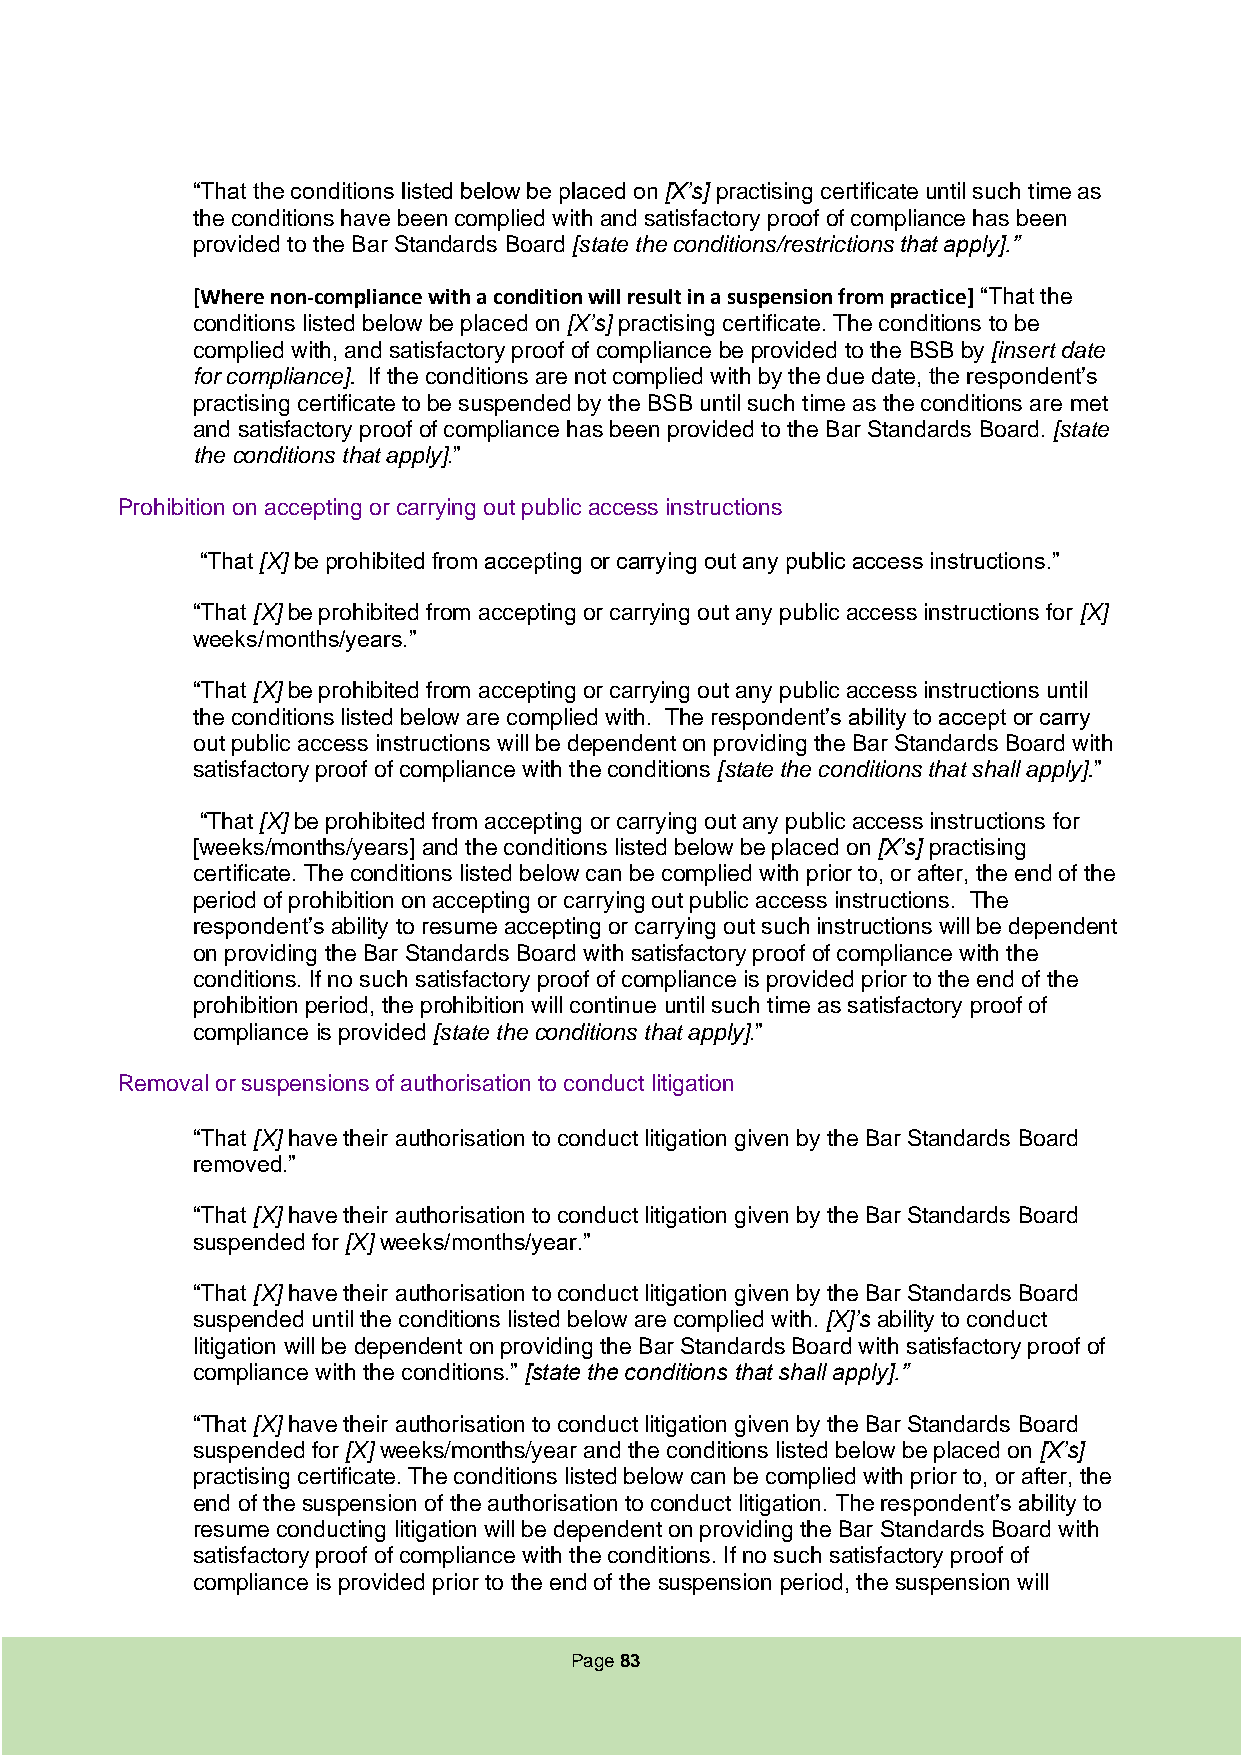
“That the conditions listed below be placed on [X’s] practising certificate until such time as
 the conditions have been complied with and satisfactory proof of compliance has been
 provided to the Bar Standards Board [state the conditions/restrictions that apply].”
 [Where non-compliance with a condition will result in a suspension from practice] “That the
 conditions listed below be placed on [X’s] practising certificate. The conditions to be
 complied with, and satisfactory proof of compliance be provided to the BSB by [insert date
 for compliance]. If the conditions are not complied with by the due date, the respondent’s
 practising certificate to be suspended by the BSB until such time as the conditions are met
 and satisfactory proof of compliance has been provided to the Bar Standards Board. [state
 the conditions that apply].”
 Prohibition on accepting or carrying out public access instructions
 “That [X] be prohibited from accepting or carrying out any public access instructions.”
 “That [X] be prohibited from accepting or carrying out any public access instructions for [X]
 weeks/months/years.”
 “That [X] be prohibited from accepting or carrying out any public access instructions until
 the conditions listed below are complied with. The respondent’s ability to accept or carry
 out public access instructions will be dependent on providing the Bar Standards Board with
 satisfactory proof of compliance with the conditions [state the conditions that shall apply].”
 “That [X] be prohibited from accepting or carrying out any public access instructions for
 [weeks/months/years] and the conditions listed below be placed on [X’s] practising
 certificate. The conditions listed below can be complied with prior to, or after, the end of the
 period of prohibition on accepting or carrying out public access instructions. The
 respondent’s ability to resume accepting or carrying out such instructions will be dependent
 on providing the Bar Standards Board with satisfactory proof of compliance with the
 conditions. If no such satisfactory proof of compliance is provided prior to the end of the
 prohibition period, the prohibition will continue until such time as satisfactory proof of
 compliance is provided [state the conditions that apply].”
 Removal or suspensions of authorisation to conduct litigation
 “That [X] have their authorisation to conduct litigation given by the Bar Standards Board
 removed.”
 “That [X] have their authorisation to conduct litigation given by the Bar Standards Board
 suspended for [X] weeks/months/year.”
 “That [X] have their authorisation to conduct litigation given by the Bar Standards Board
 suspended until the conditions listed below are complied with. [X]’s ability to conduct
 litigation will be dependent on providing the Bar Standards Board with satisfactory proof of
 compliance with the conditions.” [state the conditions that shall apply].”
 “That [X] have their authorisation to conduct litigation given by the Bar Standards Board
 suspended for [X] weeks/months/year and the conditions listed below be placed on [X’s]
 practising certificate. The conditions listed below can be complied with prior to, or after, the
 end of the suspension of the authorisation to conduct litigation. The respondent’s ability to
 resume conducting litigation will be dependent on providing the Bar Standards Board with
 satisfactory proof of compliance with the conditions. If no such satisfactory proof of
 compliance is provided prior to the end of the suspension period, the suspension will
 Page 83